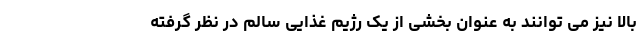
بالا نیز می توانند به عنوان بخشی از یک رژیم غذایی سالم در نظر گرفته